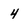
Character: 4